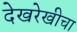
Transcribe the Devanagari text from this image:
देखरेखीचा